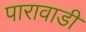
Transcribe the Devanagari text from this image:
पारावाडी